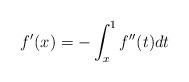
LaTeX: \begin{align*}f^{\prime}(x)=-\int_{x}^{1}f^{\prime\prime}(t)dt\end{align*}